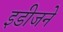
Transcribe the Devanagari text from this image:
इडीजने